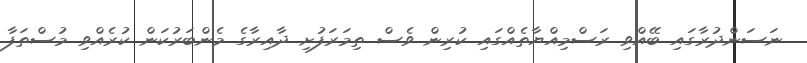
ނަސަންދުރާގައި ބޭއްވި ރަސްމިއްޔާތެއްގައި ކުރިން ވެސް ތިމަރަފުށި ދާއިރާގެ މެންބަރުކަން ކުރެއްވި މުސްތަފާ